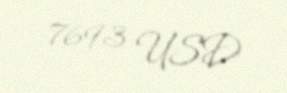
7693 USD